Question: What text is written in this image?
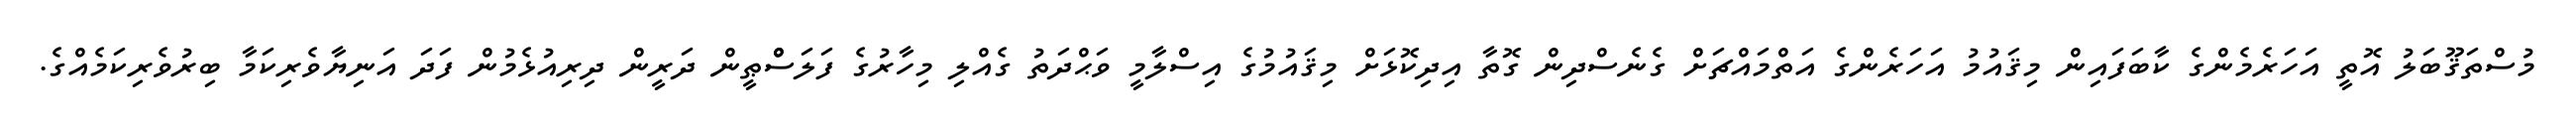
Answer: މުސްތަޤޫބަލު އޮތީ އަހަރެމެންގެ ކާބަފައިން މިޤައުމު އަހަރެންގެ އަތްމައްޗަށް ގެނެސްދިން ގޮތާ އިދިކޮޅަށް މިޤައުމުގެ އިސްލާމީ ވަޙްދަތު ގެއްލި މިހާރުގެ ފަލަސްްޠީން ދަރީން ދިރިއުޅެމުން ފަދަ އަނިޔާވެރިކަމާ ބިރުވެރިކަމެއްގެ.